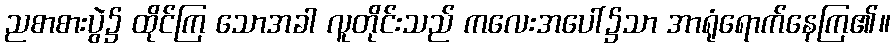
ညစာစားပွဲ၌ ထိုင်ကြ သောအခါ လူတိုင်းသည် ကလေးအပေါ်၌သာ အာရုံရောက်နေကြ၏။